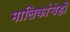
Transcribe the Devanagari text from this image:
मालिकांचेही